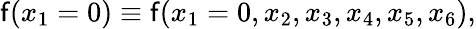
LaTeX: \mathsf{f}(x_{1}=0)\equiv\mathsf{f}(x_{1}=0,x_{2},x_{3},x_{4},x_{5},x_{6}),